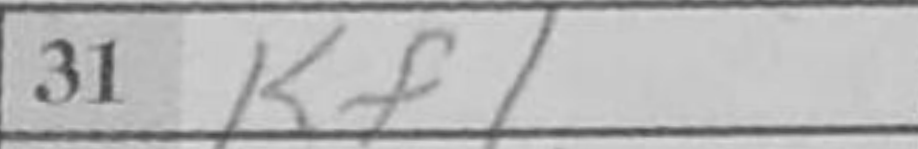
Transcription: Kf1